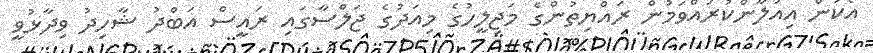
އެކަން އިއުލާންކުރައްވަމުން ރައްޔިތުންގެ މަޖިލީހުގެ މިއަދުގެ ޖަލްސާގައި ރައީސް އަބްދު ޝާހިދު ވިދާޅުވީ